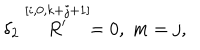
\delta _ { 2 } \stackrel { [ i , 0 , k + j + 1 ] } { R ^ { \prime } } = 0 , \; m = j ,